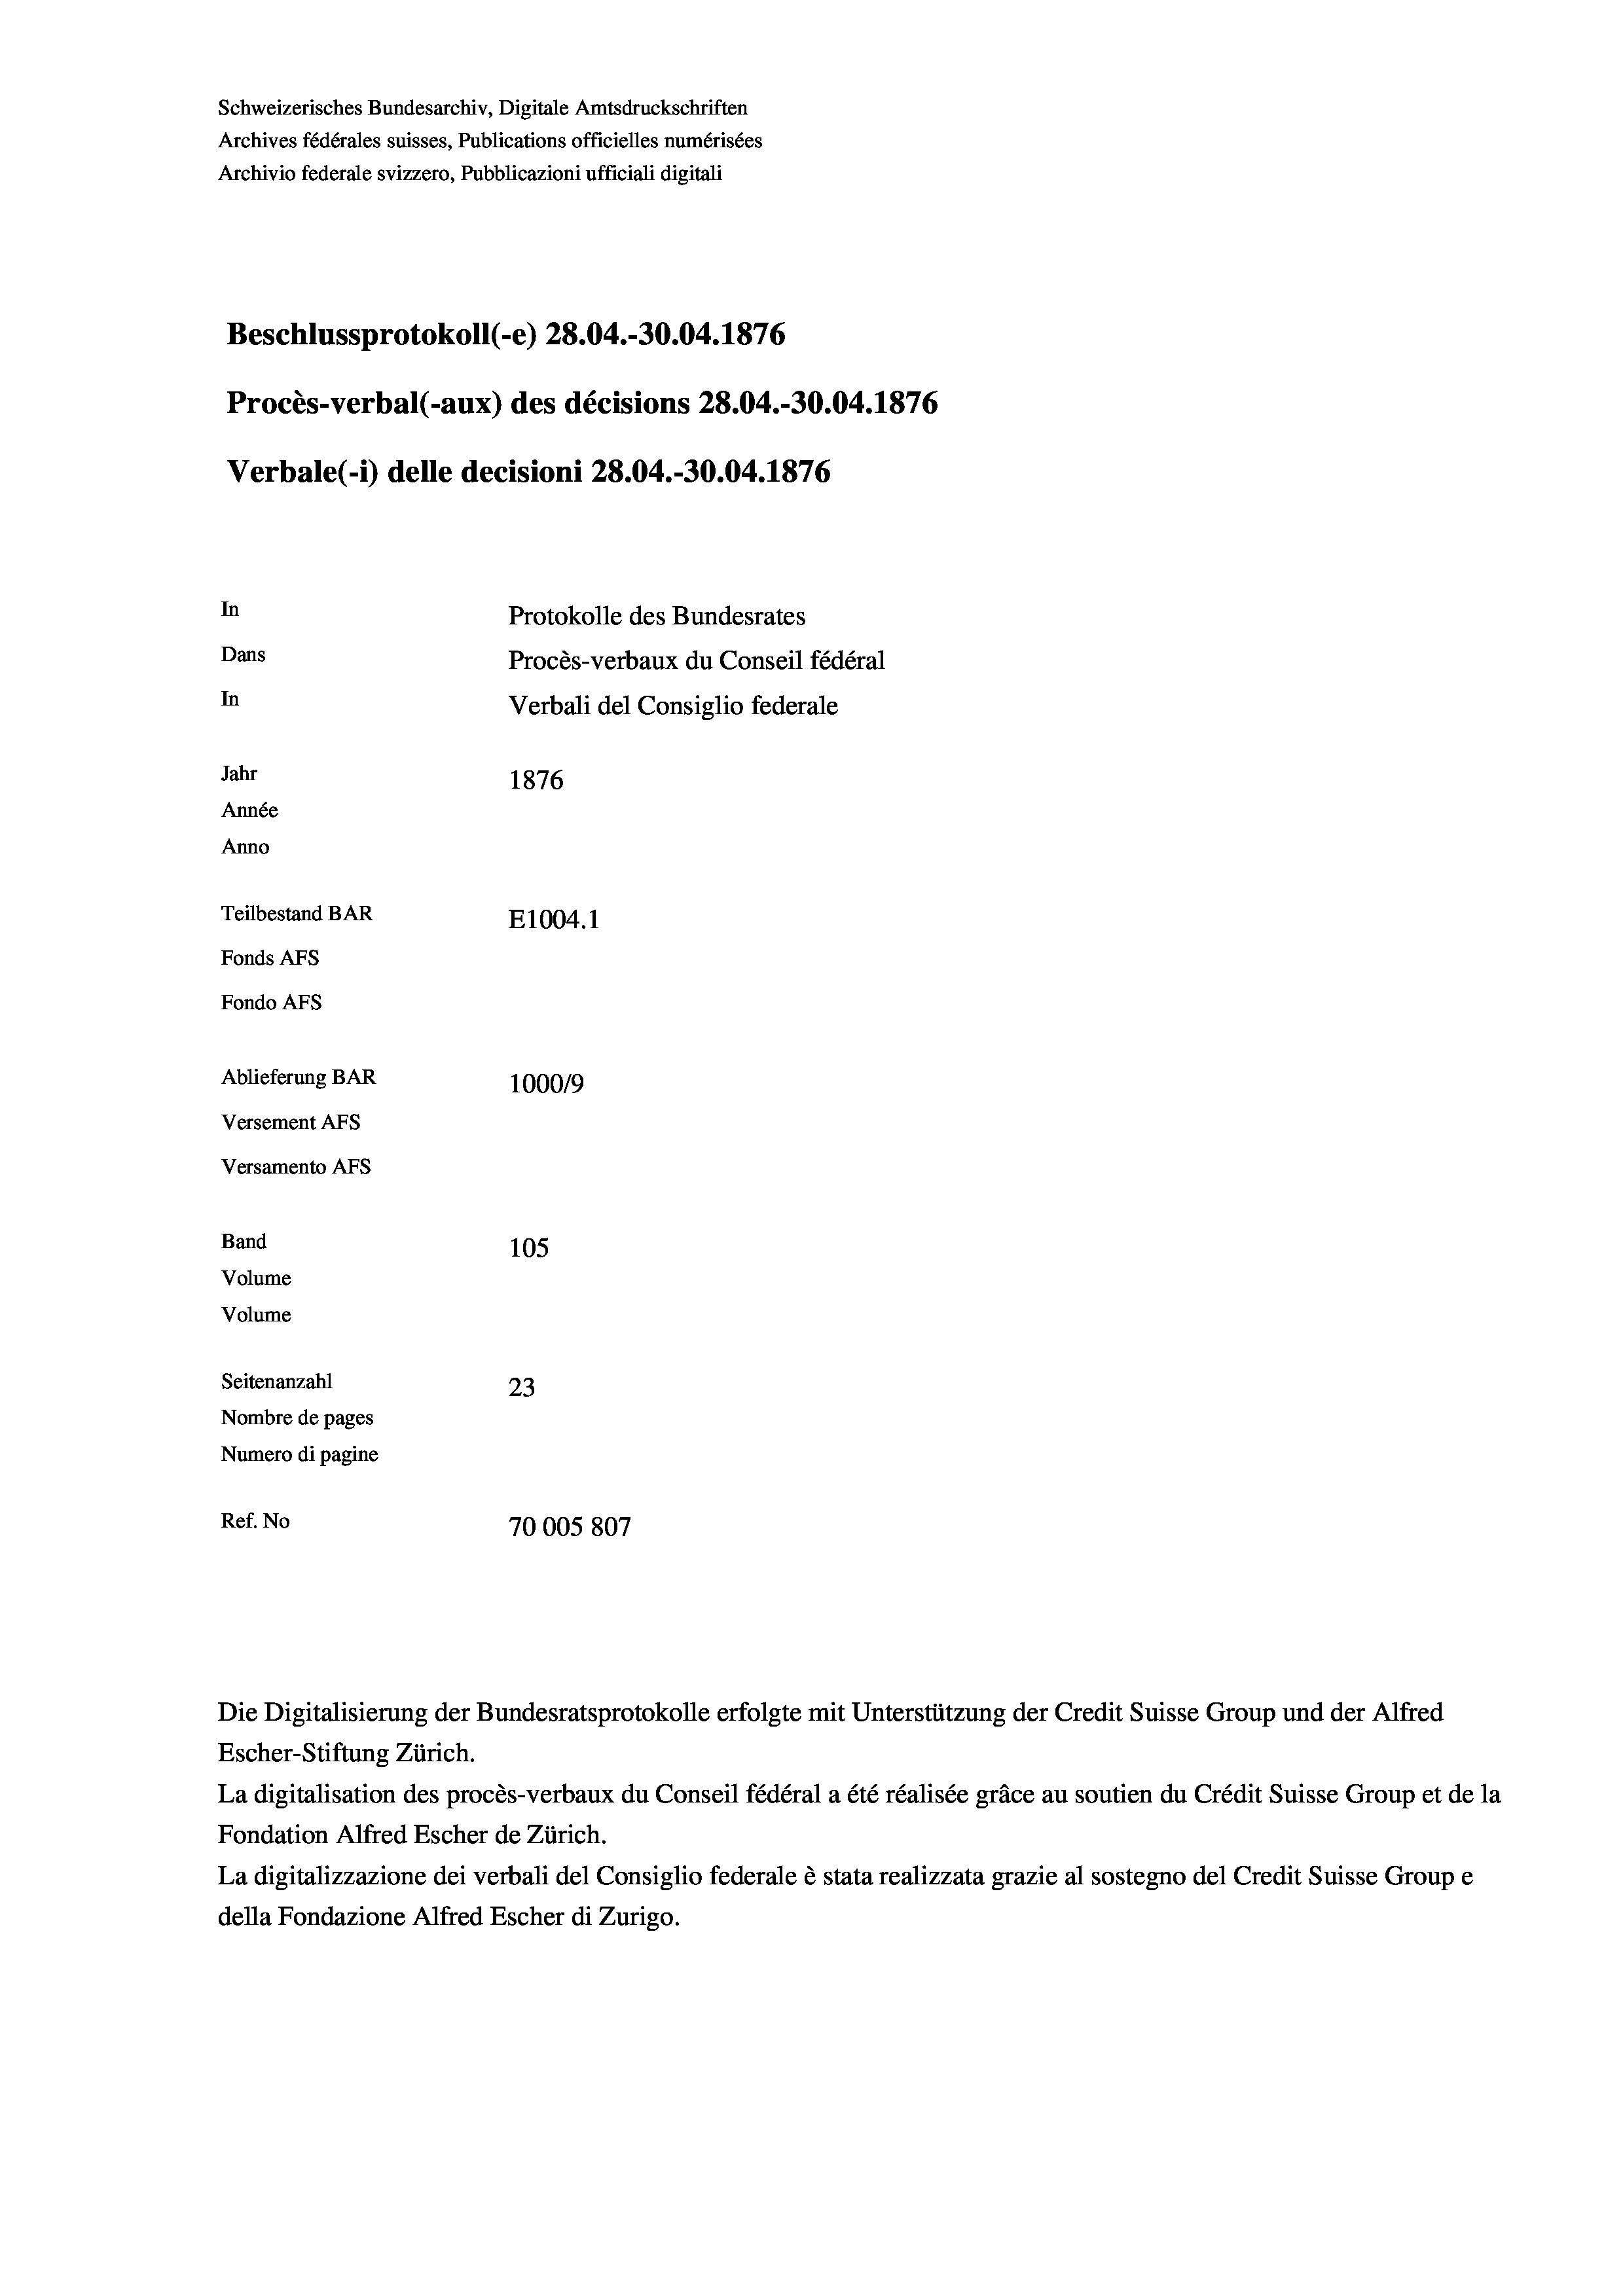
Schweizerisches Bundesarchiv, Digitale Amtsdruckschriften
Archives fédérales suisses, Publications officielles numérisées
Archivio federale svizzero, Pubblicazioni ufficiali digitali
Beschlussprotokoll (-e) 28.04.-30.04. 1876
Procès-verbal (-aux) des décisions 28.04.-30.04. 1876
Verbale (- 1) delle decisioni 28.04.-30.04. 1876
In
Protokolle des Bundesrates
Dans
Procès-verbaux du Conseil fédéral
In
Verbali del Consiglio federale
Jahr
1876
Année
Anno
Teilbestand BAR
E1004.1
Fonds AFs
Fondo Afs
Ablieferung BAR
100019
Versement AFs
Versamento AFS
Band
105
Volume
Volume
Seitenanzahl
23
Nombre de pages
Numero di pagine
Ref. No
70005807

Escher-Stiftung Zürich.
La digitalisation des procès-verbaux du Conseil fédéral a été réalisée gräce au soutien du Crédit Suisse Group et de la
Fondation Alfred Escher de Zürich.
La digitalizzazione dei verbali del Consiglio federale è stata realizzata grazie al sostegno del Credit Suisse Groupe
della Fondazione Alfred Escher di Zurigo.

Die Digitalisierung der Bundesratsprotokolle erfolgte mit Unterstützung der Credit Suisse Group und der Alfred